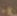
.